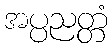
အပ္ပညတ္တံ